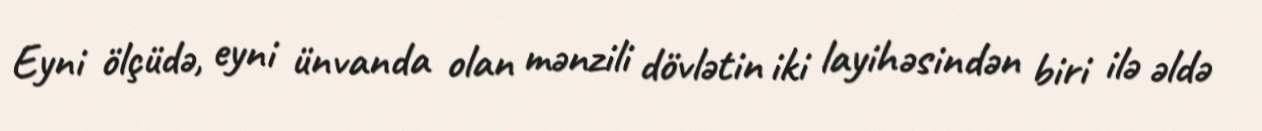
Eyni ölçüdə, eyni ünvanda olan mənzili dövlətin iki layihəsindən biri ilə əldə